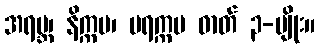
အရမ္ဘ၊ နိက္ကမ၊ ပရက္ကမ ဓာတ် ၃-မျိုး။